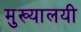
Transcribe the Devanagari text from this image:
मुख्यालयी